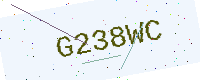
Text: G238WC